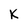
Character: k